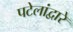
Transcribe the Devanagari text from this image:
पटेलांद्वारे